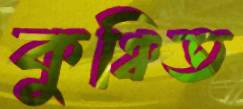
কুঞ্চিত